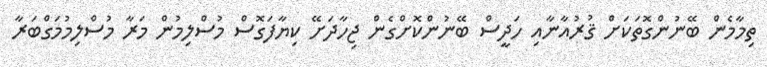
ތިމާމެން ބޭނުންގޮތަކަށް ޤުރުއާނާއި ހަދީސް ބޭނުންކޮށްގެން ޖިހާދަށޭ ކިޔާފަގޮސް މުސްލިމުން މަރާ މުސްލިމުމަގްބަރާ